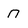
Character: n